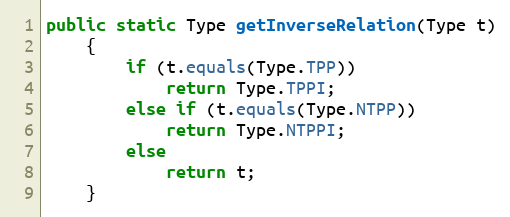
Language: Java
public static Type getInverseRelation(Type t)
	{
		if (t.equals(Type.TPP))
			return Type.TPPI;
		else if (t.equals(Type.NTPP))
			return Type.NTPPI;
		else
			return t;
	}